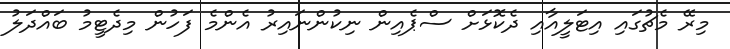
މިރޭ މެޗުގައި އިޓަލީއާއި ދެކޮޅަށް ސްޕެއިން ނިކުންނައިރު އެންމެ ފަހުން މިދެޓީމު ބައްދަލު